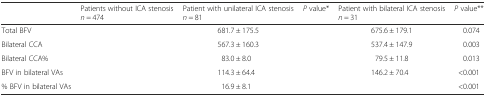
<table><thead><tr><td>[EMPTY_CELL]</td><td><b>Patients without ICA stenosis <i>n</i> = 474</b></td><td><b>Patient with unilateral ICA stenosis <i>n</i> = 81</b></td><td><b><i>P</i> value*</b></td><td><b>Patient with bilateral ICA stenosis <i>n</i> = 31</b></td><td><b><i>P</i> value**</b></td></tr></thead><tbody><tr><td>Total BFV</td><td>[EMPTY_CELL]</td><td>681.7 ± 175.5</td><td>[EMPTY_CELL]</td><td>675.6 ± 179.1</td><td>0.074</td></tr><tr><td>Bilateral CCA</td><td>[EMPTY_CELL]</td><td>567.3 ± 160.3</td><td>[EMPTY_CELL]</td><td>537.4 ± 147.9</td><td>0.003</td></tr><tr><td>Bilateral CCA%</td><td>[EMPTY_CELL]</td><td>83.0 ± 8.0</td><td>[EMPTY_CELL]</td><td>79.5 ± 11.8</td><td>0.013</td></tr><tr><td>BFV in bilateral VAs</td><td>[EMPTY_CELL]</td><td>114.3 ± 64.4</td><td>[EMPTY_CELL]</td><td>146.2 ± 70.4</td><td>&lt;0.001</td></tr><tr><td>% BFV in bilateral VAs</td><td>[EMPTY_CELL]</td><td>16.9 ± 8.1</td><td>[EMPTY_CELL]</td><td>[EMPTY_CELL]</td><td>&lt;0.001</td></tr></tbody></table>